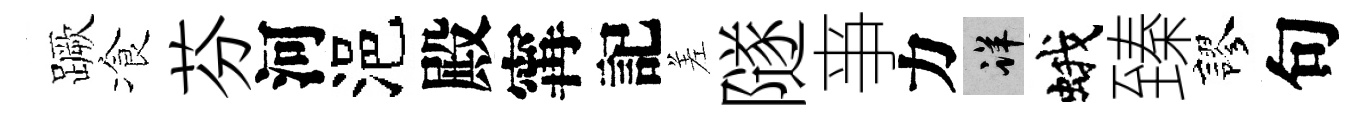
蹶飡芬河浥殿𡩋記差隧亊力详蛾臻謬句